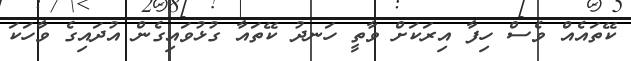
ކޭތައެއް ވެސް ހިފާ އިރަކަށް ވާތީ ހަނދު ކޭތައާ ގުޅުވައިގެން އުދައިގެ ވާހަކަ